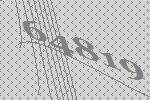
64819